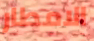
الامطار